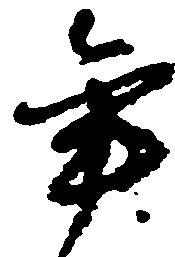
年